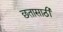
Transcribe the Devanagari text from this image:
छतासाठी